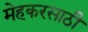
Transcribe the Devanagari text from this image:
मेहकरसाठी